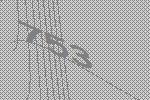
753